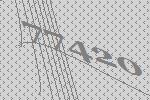
77420